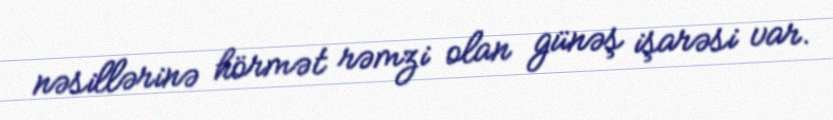
nəsillərinə hörmət rəmzi olan günəş işarəsi var.